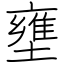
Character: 壅